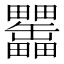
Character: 𤴊